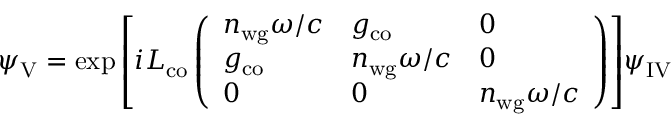
\psi _ { \mathrm { V } } = \exp { \left[ i L _ { \mathrm { c o } } \left( \begin{array} { l l l } { n _ { \mathrm { w g } } \omega / c } & { g _ { \mathrm { c o } } } & { 0 } \\ { g _ { \mathrm { c o } } } & { n _ { \mathrm { w g } } \omega / c } & { 0 } \\ { 0 } & { 0 } & { n _ { \mathrm { w g } } \omega / c } \end{array} \right) \right] } \psi _ { \mathrm { I V } }